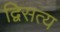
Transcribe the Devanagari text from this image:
द्विसत्य